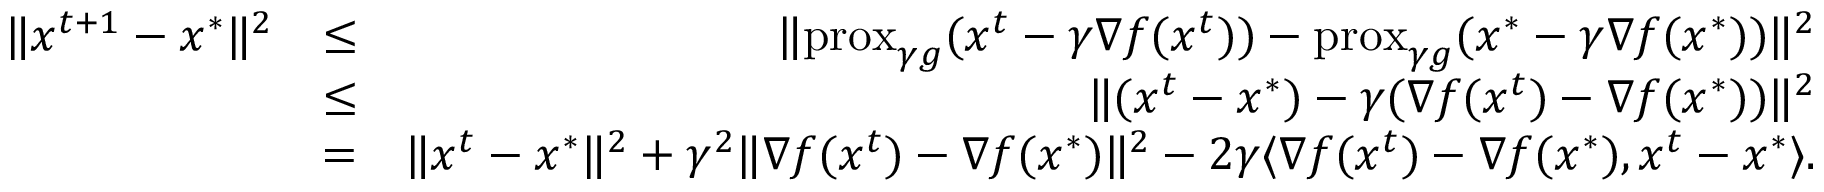
\begin{array} { r l r } { \Vert x ^ { t + 1 } - x ^ { * } \Vert ^ { 2 } } & { \leq } & { \Vert \mathrm { p r o x } _ { \gamma g } ( x ^ { t } - \gamma \nabla f ( x ^ { t } ) ) - \mathrm { p r o x } _ { \gamma g } ( x ^ { * } - \gamma \nabla f ( x ^ { * } ) ) \Vert ^ { 2 } } \\ & { \leq } & { \Vert ( x ^ { t } - x ^ { * } ) - \gamma ( \nabla f ( x ^ { t } ) - \nabla f ( x ^ { * } ) ) \Vert ^ { 2 } } \\ & { = } & { \Vert x ^ { t } - x ^ { * } \Vert ^ { 2 } + \gamma ^ { 2 } \Vert \nabla f ( x ^ { t } ) - \nabla f ( x ^ { * } ) \Vert ^ { 2 } - 2 \gamma \langle \nabla f ( x ^ { t } ) - \nabla f ( x ^ { * } ) , x ^ { t } - x ^ { * } \rangle . } \end{array}